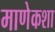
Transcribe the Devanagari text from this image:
माणेकशा